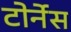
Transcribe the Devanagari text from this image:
टोर्नेस